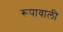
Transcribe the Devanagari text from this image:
रूपावाली